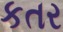
કતર